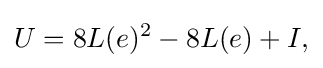
\displaystyle {U=8L(e)^{2}-8L(e)+I,}